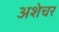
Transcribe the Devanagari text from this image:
अशेचर